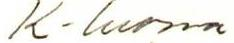
K. Luoma